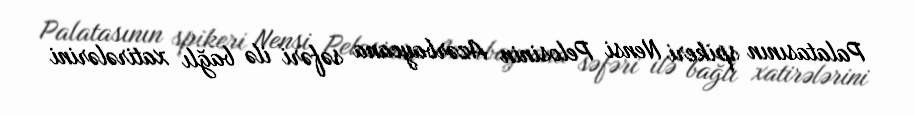
Palatasının spikeri Nensi Pelosinin Azərbaycana səfəri ilə bağlı xatirələrini